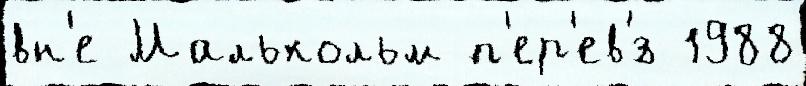
вн'е Малькольм п'ер'ев'́з 1988